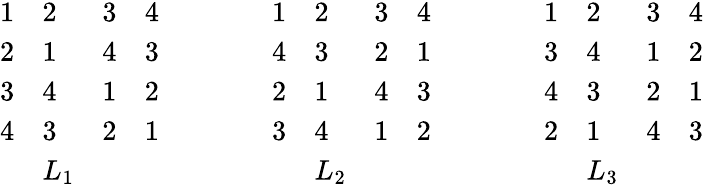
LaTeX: {\begin{array}{llll}{1}&{2}&{3}&{4}\\ {2}&{1}&{4}&{3}\\ {3}&{4}&{1}&{2}\\ {4}&{3}&{2}&{1}\\ &{L_{1}}&&\end{array}}\qquad\qquad{\begin{array}{llll}{1}&{2}&{3}&{4}\\ {4}&{3}&{2}&{1}\\ {2}&{1}&{4}&{3}\\ {3}&{4}&{1}&{2}\\ &{L_{2}}&&\end{array}}\qquad\qquad{\begin{array}{llll}{1}&{2}&{3}&{4}\\ {3}&{4}&{1}&{2}\\ {4}&{3}&{2}&{1}\\ {2}&{1}&{4}&{3}\\ &{L_{3}}&&\end{array}}